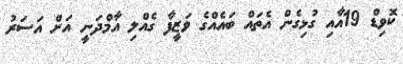
ކޮވިޑް 19އާއި ގުޅިގެން އެތައް ބައެއްގެ ވަޒީފާ ގެއްލި އާމްދަނީ އަށް އަސަރު